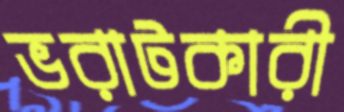
ভরাটকারী